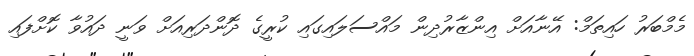
މެމްބަރު ހައިތަމް: އޭނާއަށް އިންޒާރުދިން މައްސަލައިގައި ކުރީގެ ދޮންދަރިއަށް ވަނީ ދައުވާ ކޮށްފައި